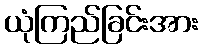
ယုံကြည်ခြင်းအား